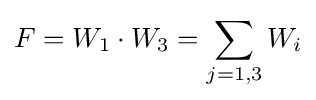
F=W_{1}\cdot W_{3}=\sum _{j=1,3}W_{i}